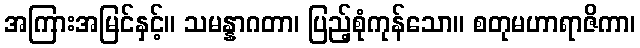
အကြားအမြင်နှင့်။ သမန္နာဂတာ၊ ပြည့်စုံကုန်သော။ စတုမဟာရာဇိကာ၊